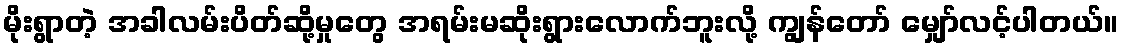
မိုးရွာတဲ့ အခါလမ်းပိတ်ဆို့မှုတွေ အရမ်းမဆိုးရွားလောက်ဘူးလို့ ကျွန်တော် မျှော်လင့်ပါတယ်။